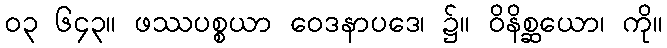
၀၃ ၆၄၃။ ဖဿပစ္စယာ ဝေဒနာပဒေ၊ ၌။ ဝိနိစ္ဆယော၊ ကို။